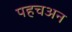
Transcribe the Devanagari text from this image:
पहचअन